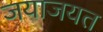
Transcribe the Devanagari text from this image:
जयाजयत